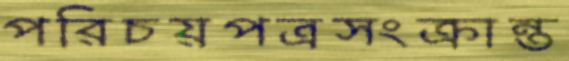
পরিচয়পত্রসংক্রান্ত